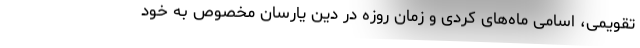
تقویمی، اسامی ماه‌های کردی و زمان روزه در دین یارسان مخصوص به خود